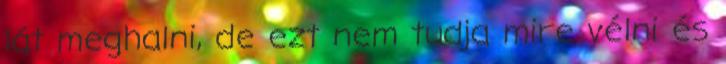
lát meghalni, de ezt nem tudja mire vélni és